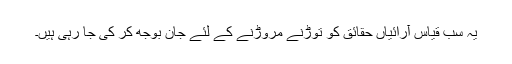
یہ سب قیاس آرائیاں حقائق کو توڑنے مروڑنے کے لئے جان بوجھ کر کی جا رہی ہیں۔